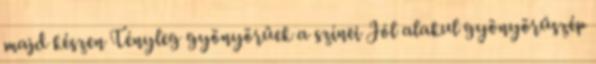
majd készen Tényleg gyönyörűek a színei Jól alakul gyönyörűszép